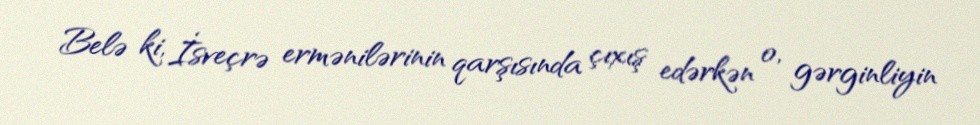
Belə ki, İsveçrə ermənilərinin qarşısında çıxış edərkən o, gərginliyin